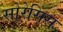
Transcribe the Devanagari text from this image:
सोरेसिस